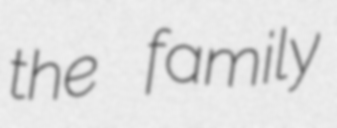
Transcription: the family